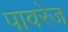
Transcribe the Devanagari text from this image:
पावरेज